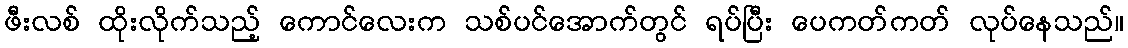
ဖီးလစ် ထိုးလိုက်သည့် ကောင်လေးက သစ်ပင်အောက်တွင် ရပ်ပြီး ပေကတ်ကတ် လုပ်နေသည်။